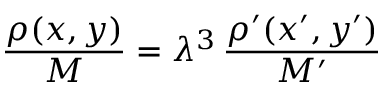
\frac { \rho ( x , y ) } { M } = \lambda ^ { 3 } \, \frac { \rho ^ { \prime } ( x ^ { \prime } , y ^ { \prime } ) } { M ^ { \prime } }